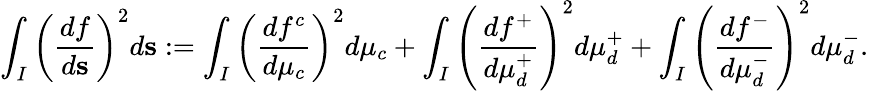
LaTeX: \int_{I}\left(\frac{df}{d\mathbf{s}}\right)^{2}d\mathbf{s}:=\int_{I}\left(\frac{df^{c}}{d\mu_{c}}\right)^{2}d\mu_{c}+\int_{I}\left(\frac{df^{+}}{d\mu_{d}^{+}}\right)^{2}d\mu_{d}^{+}+\int_{I}\left(\frac{df^{-}}{d\mu_{d}^{-}}\right)^{2}d\mu_{d}^{-}.